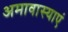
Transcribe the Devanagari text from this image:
अमावास्याएं